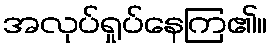
အလုပ်ရှုပ်နေကြ၏။